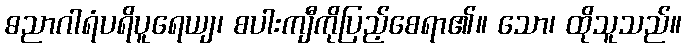
ဓညာဂါရံပရိပူရေယျ၊ စပါးကျီကိုပြည့်စေရာ၏။ သော၊ ထိုသူသည်။